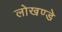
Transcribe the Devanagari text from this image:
लोखण्डे